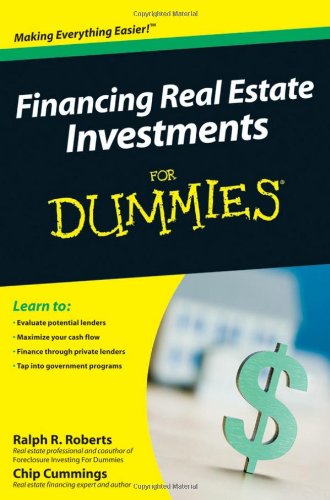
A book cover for Financing Real Estate Investments For Dummies; Ralph R. Roberts; Business & Money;